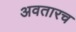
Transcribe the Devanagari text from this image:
अवतारच